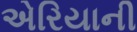
એરિયાની